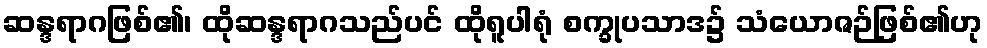
ဆန္ဒရာဂဖြစ်၏၊ ထိုဆန္ဒရာဂသည်ပင် ထိုရူပါရုံ စက္ခုပသာဒ၌ သံယောဇဉ်ဖြစ်၏ဟု